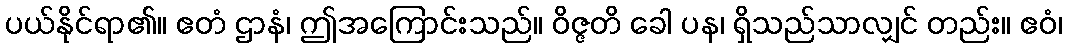
ပယ်နိုင်ရာ၏။ ဧတံ ဌာနံ၊ ဤအကြောင်းသည်။ ဝိဇ္ဇတိ ခေါ ပန၊ ရှိသည်သာလျှင် တည်း။ ဧဝံ၊